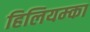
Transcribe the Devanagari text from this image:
हिलियम्का